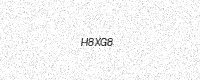
Text: H8XG8